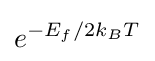
e^{-E_{f}/2k_{B}T}